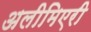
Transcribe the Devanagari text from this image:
अलीमिएरी